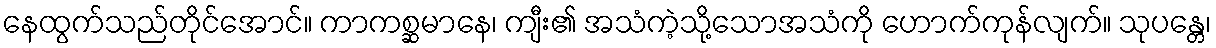
နေထွက်သည်တိုင်အောင်။ ကာကစ္ဆမာနေ၊ ကျီး၏ အသံကဲ့သို့သောအသံကို ဟောက်ကုန်လျက်။ သုပန္တေ၊